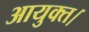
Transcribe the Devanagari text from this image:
आयुक्त।